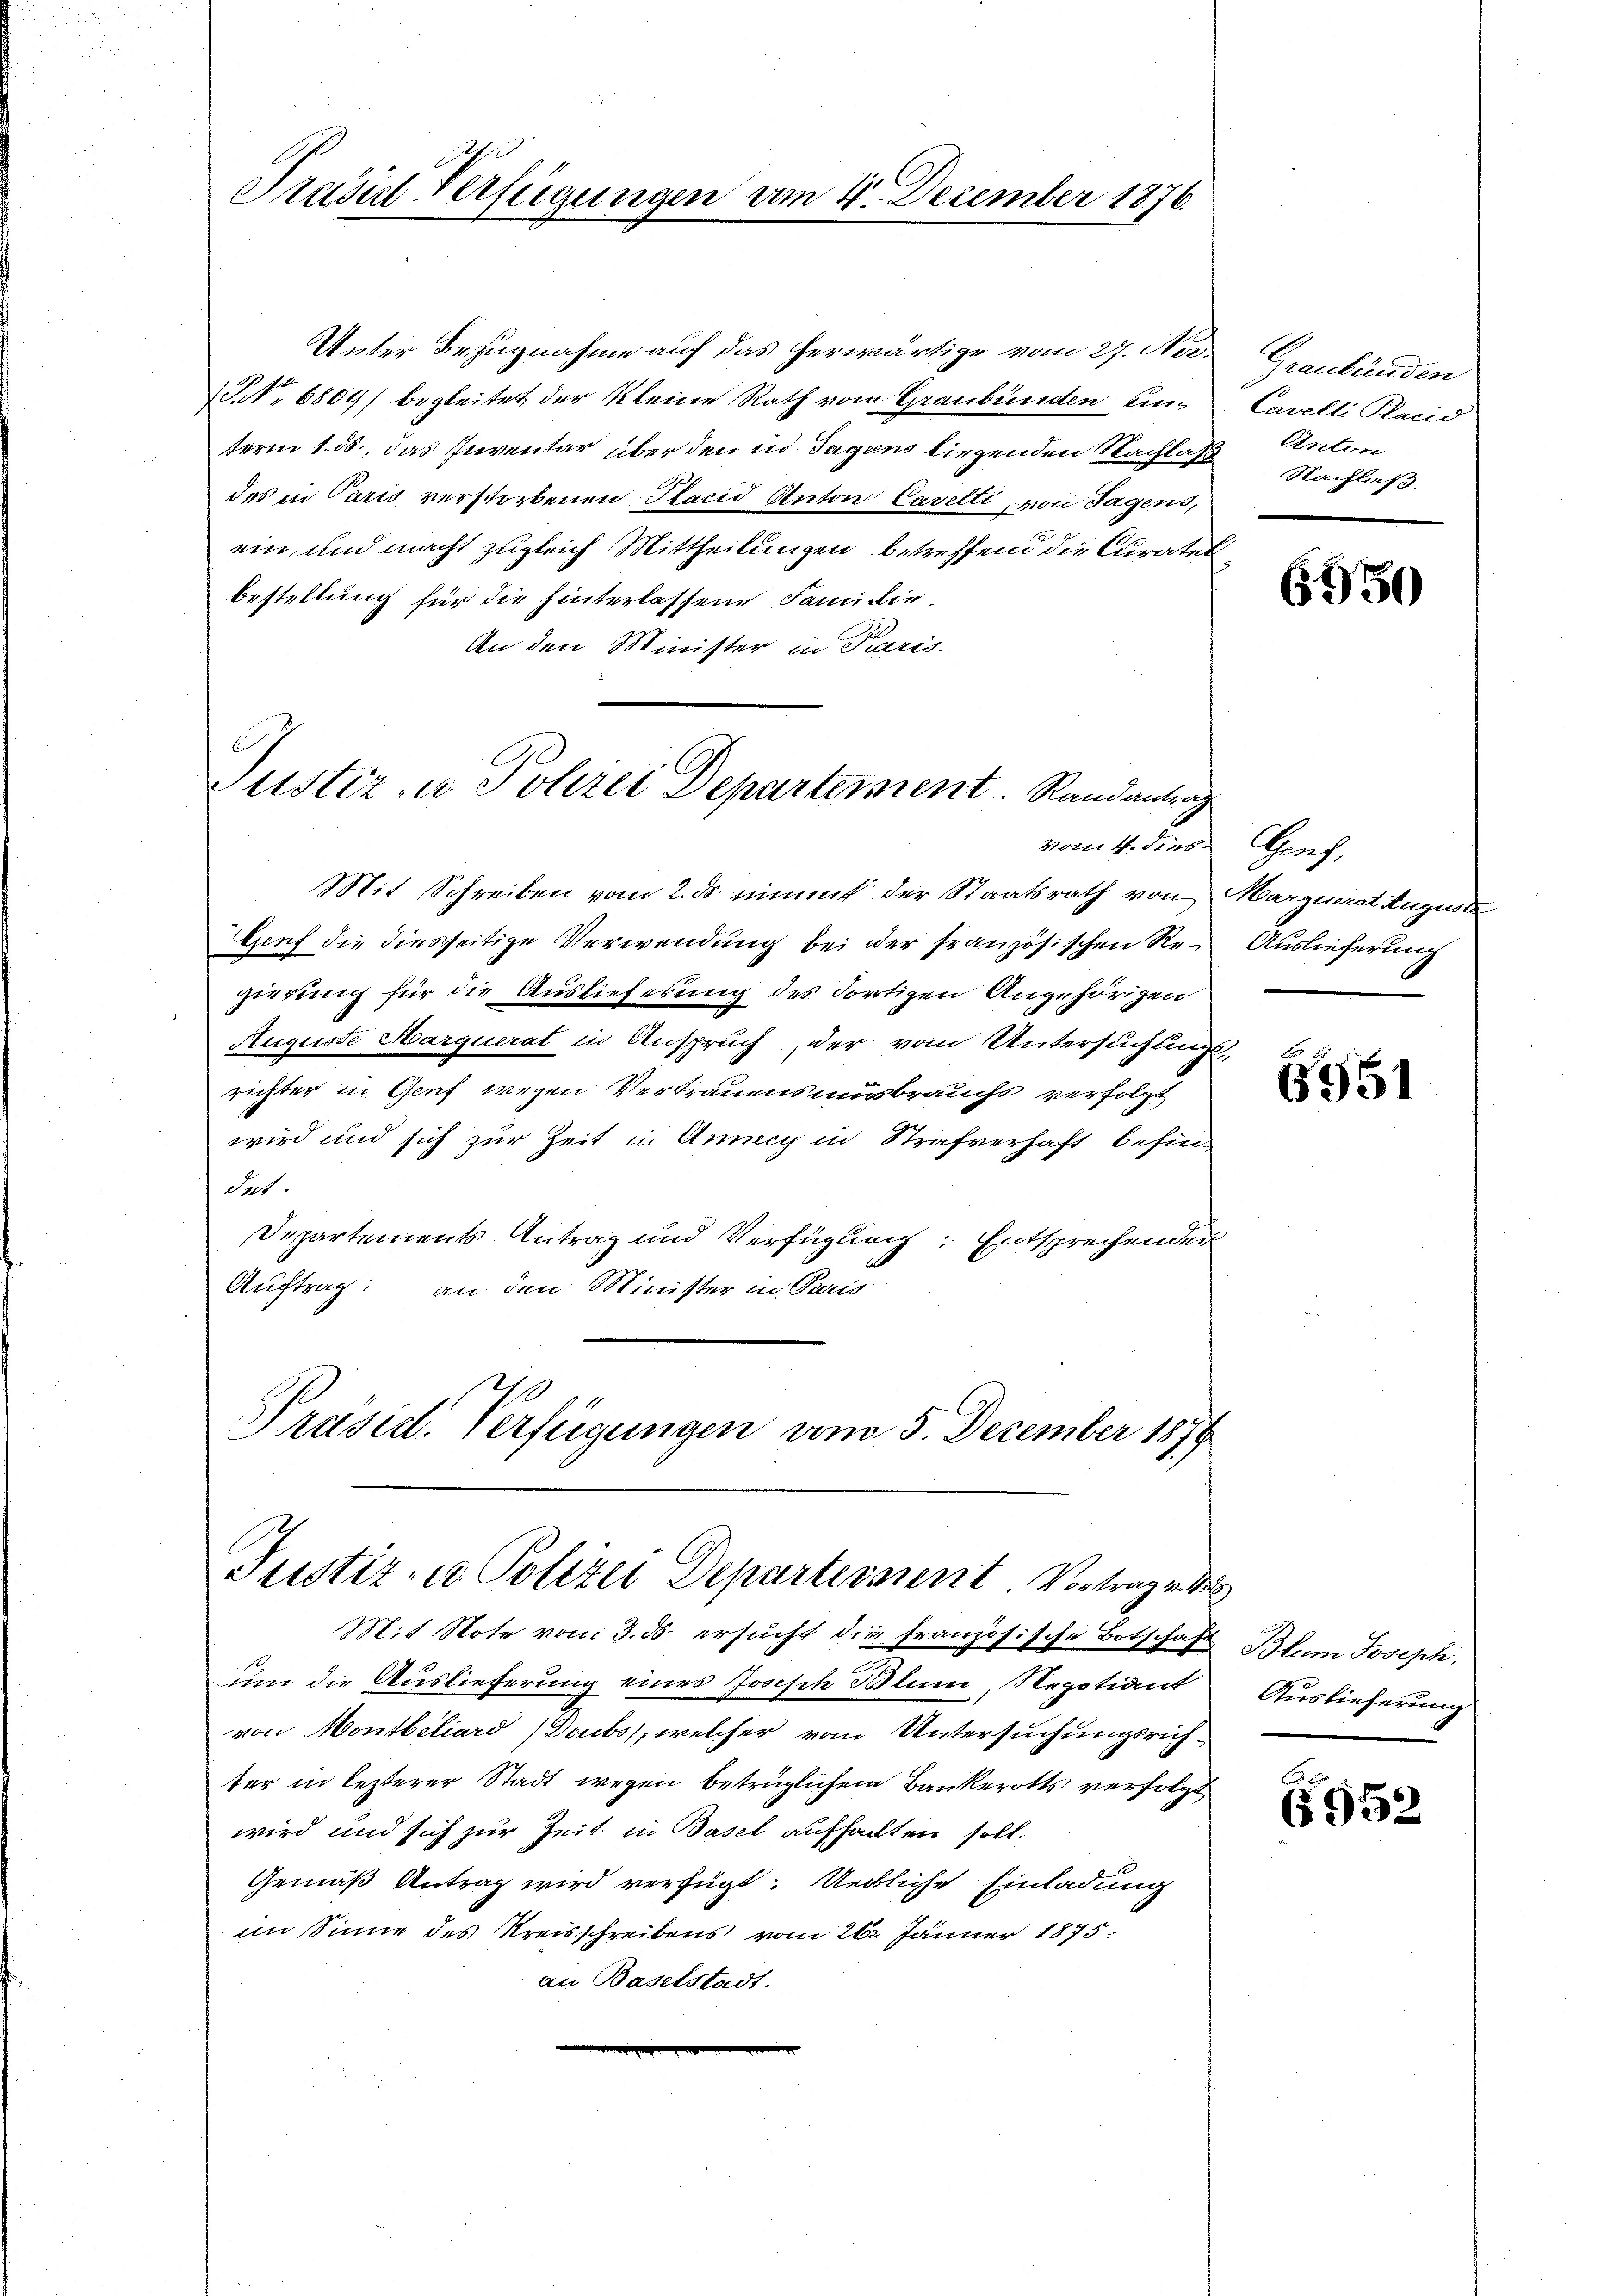
term 1. ds., das Inventar über den in Tagens liegenden Nachlaß
des in Paris verstorbenen Placid Anton Cavelti, von Tagens,
ein, und macht zugleich Mittheilungen betreffend die Curatet
bestellung für die hinterlassene Familie.
An den Minister in Paris.

Prusich Verfügungen am 4. December 1876.

C.
Justiz- u. Polizei Departement. Randantrag

Unter Bezugnahme auf das herwärtige vom 27. No.
No 6809) begleitet der Kleine Rath vom Graubünden un¬

Justiz- u Polizei Departement. Vortrag von

Mit Schreiben vom 2. ds nimmt der Staatsrath von Marquerat Auguste
Genf die diesseitige Verwendung bei der französischen Re-Auslieferung
gierung für die Auslieferung des dortigen Angehörigen
Auguste Marquerat in Anspruch, der vom Untersuchungsrichter in Genf wegen Vertrauensmusbrauchs verfolgt
wird und sich zur Zeit in Annecy in Strafverhaft befindet.
Departements-Antrag und Verfügung: Entsprechenden
Auftrag an den Minister in Paris
Präsid. Verfügungen vom 5. Dezember 1879

4

Mit Note von 3. ds. ersucht die französische Botschaf
um die Auslieferung eines Joseph Blum, Negotiant
von Montbiliard (Doubs, welcher vom Untersuchungsrichter in lezterer Stadt wegen beträglichem Bankerotts verfolgt
wird und sich zur Zeit in Basel aufhalten soll.
Gemäß Antrag wird verfügt: Uebliche Einladung
im Sinne des Kreisschreibens vom 26. Jänner 1875.
an Baselstadt.

vom 4. dies Genf,

Graubünden
Cavelti Placid
Anton
Nachlaß.

6950

6951

Blem Joseph,
Auslieferung

6952